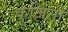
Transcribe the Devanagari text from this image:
कूजिनी